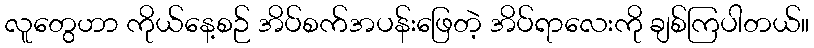
လူတွေဟာ ကိုယ်နေ့စဉ် အိပ်စက်အပန်းဖြေတဲ့ အိပ်ရာလေးကို ချစ်ကြပါတယ်။